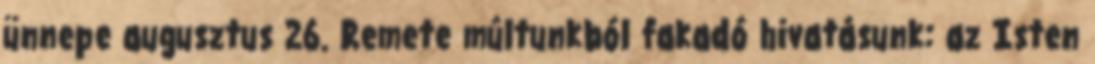
ünnepe augusztus 26. Remete múltunkból fakadó hivatásunk: az Isten